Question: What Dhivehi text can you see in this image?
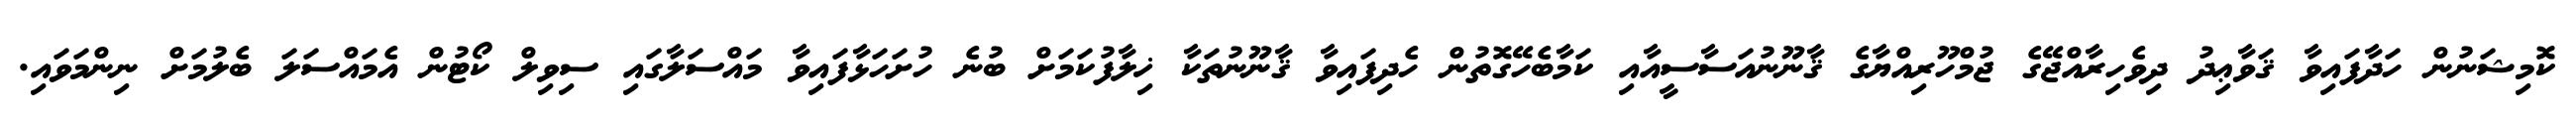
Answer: ކޮމިޝަނުން ހަދާފައިވާ ޤަވާޢިދު ދިވެހިރާއްޖޭގެ ޖުމްހޫރިއްޔާގެ ޤާނޫނުއަސާސީއާއި ކަމާބެހޭގޮތުން ހެދިފައިވާ ޤާނޫނުތަކާ ޚިލާފުކަމަށް ބުނެ ހުށަހަޅާފައިވާ މައްސަލާގައި ސިވިލް ކޯޓުން އެމައްސަލަ ބެލުމަށް ނިންމަވައި.